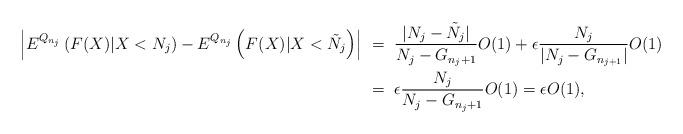
LaTeX: \begin{align*}\left |E^{Q_{n_j}} \left ( F(X)| X < N_j\right) - E^{Q_{n_j}} \left ( F(X)| X < \tilde N_j\right)\right | &\ =\ \frac{ |N_j - \tilde N_j |}{N_j -G_{n_j+1}} O(1) + \epsilon \frac{N_j}{| N_j -G_{n_{j+1}}|}O(1) \\&\ =\ \epsilon \frac{N_j} {N_j - G_{n_j+1}}O(1)=\epsilon O(1),\end{align*}